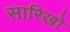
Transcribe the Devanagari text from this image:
सारिखो